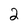
Character: 2